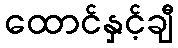
ထောင်နှင့်ချီ